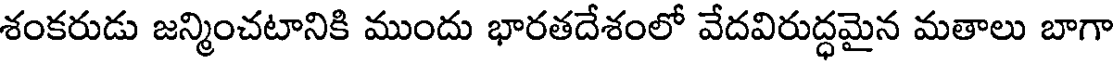
శంకరుడు జన్మించటానికి ముందు భారతదేశంలో వేదవిరుద్ధమైన మతాలు బాగా